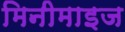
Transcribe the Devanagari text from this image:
मिनीमाइज